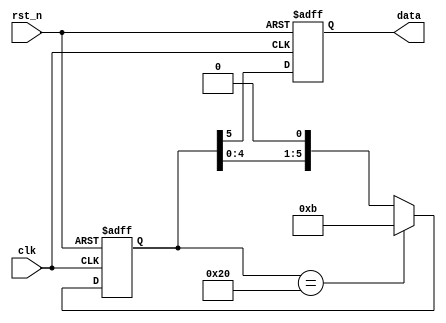
/*
001011
001011reg[5:0] 001011
100000
reg
*/
module Seq_generator_Shiftreg (
    input clk,
    input rst_n,
    output reg data
);
    reg [5:0]data_r;
    always @(posedge clk or negedge rst_n) begin
        if(!rst_n)
            data_r <= 6'b001011;
        else if (data_r == 6'b100000)           // 
            data_r <= 6'b001011;
        else    
            data_r <= (data_r << 1 );           // 
    end
    always @(posedge clk or negedge rst_n) begin
        if(!rst_n)
            data <= 1'b0;
        else    
            data <= data_r[5];
    end   
endmodule